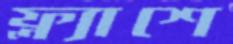
ফ্ল্যাশে